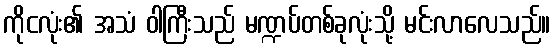
ကိုငလုံး၏ အသံ ဝါကြီးသည် မဏ္ဍပ်တစ်ခုလုံးသို့ မင်းလာလေသည်။